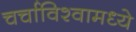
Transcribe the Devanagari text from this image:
चर्चाविश्वामध्ये